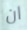
ان